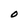
Character: O